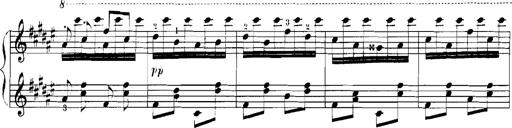
Title: Rhapsodies hongroises
Composer: Franz Liszt